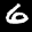
Label: 6